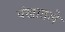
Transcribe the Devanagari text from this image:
पंखातले